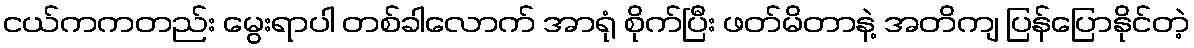
ငယ်ကကတည်း မွေးရာပါ တစ်ခါလောက် အာရုံ စိုက်ပြီး ဖတ်မိတာနဲ့ အတိကျ ပြန်ပြောနိုင်တဲ့